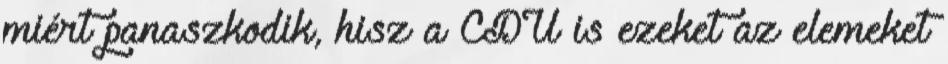
miért panaszkodik, hisz a CDU is ezeket az elemeket